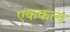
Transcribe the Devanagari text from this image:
एककल्प